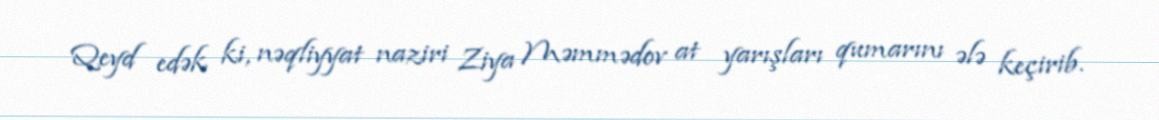
Qeyd edək ki, nəqliyyat naziri Ziya Məmmədov at yarışları qumarını ələ keçirib.